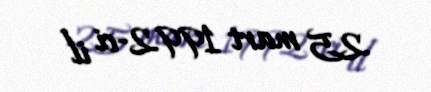
25 mart 1992-ci il